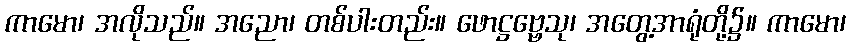
ကာမော၊ အလိုသည်။ အညော၊ တစ်ပါးတည်း။ ဖောဋ္ဌဗ္ဗေသု၊ အတွေ့အာရုံတို့၌။ ကာမော၊